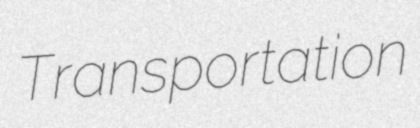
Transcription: Transportation